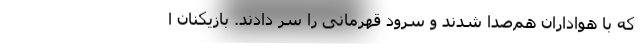
که با هواداران هم‌صدا شدند و سرود قهرمانی را سر دادند. بازیکنان ا